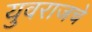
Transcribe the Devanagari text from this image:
युवराजचे